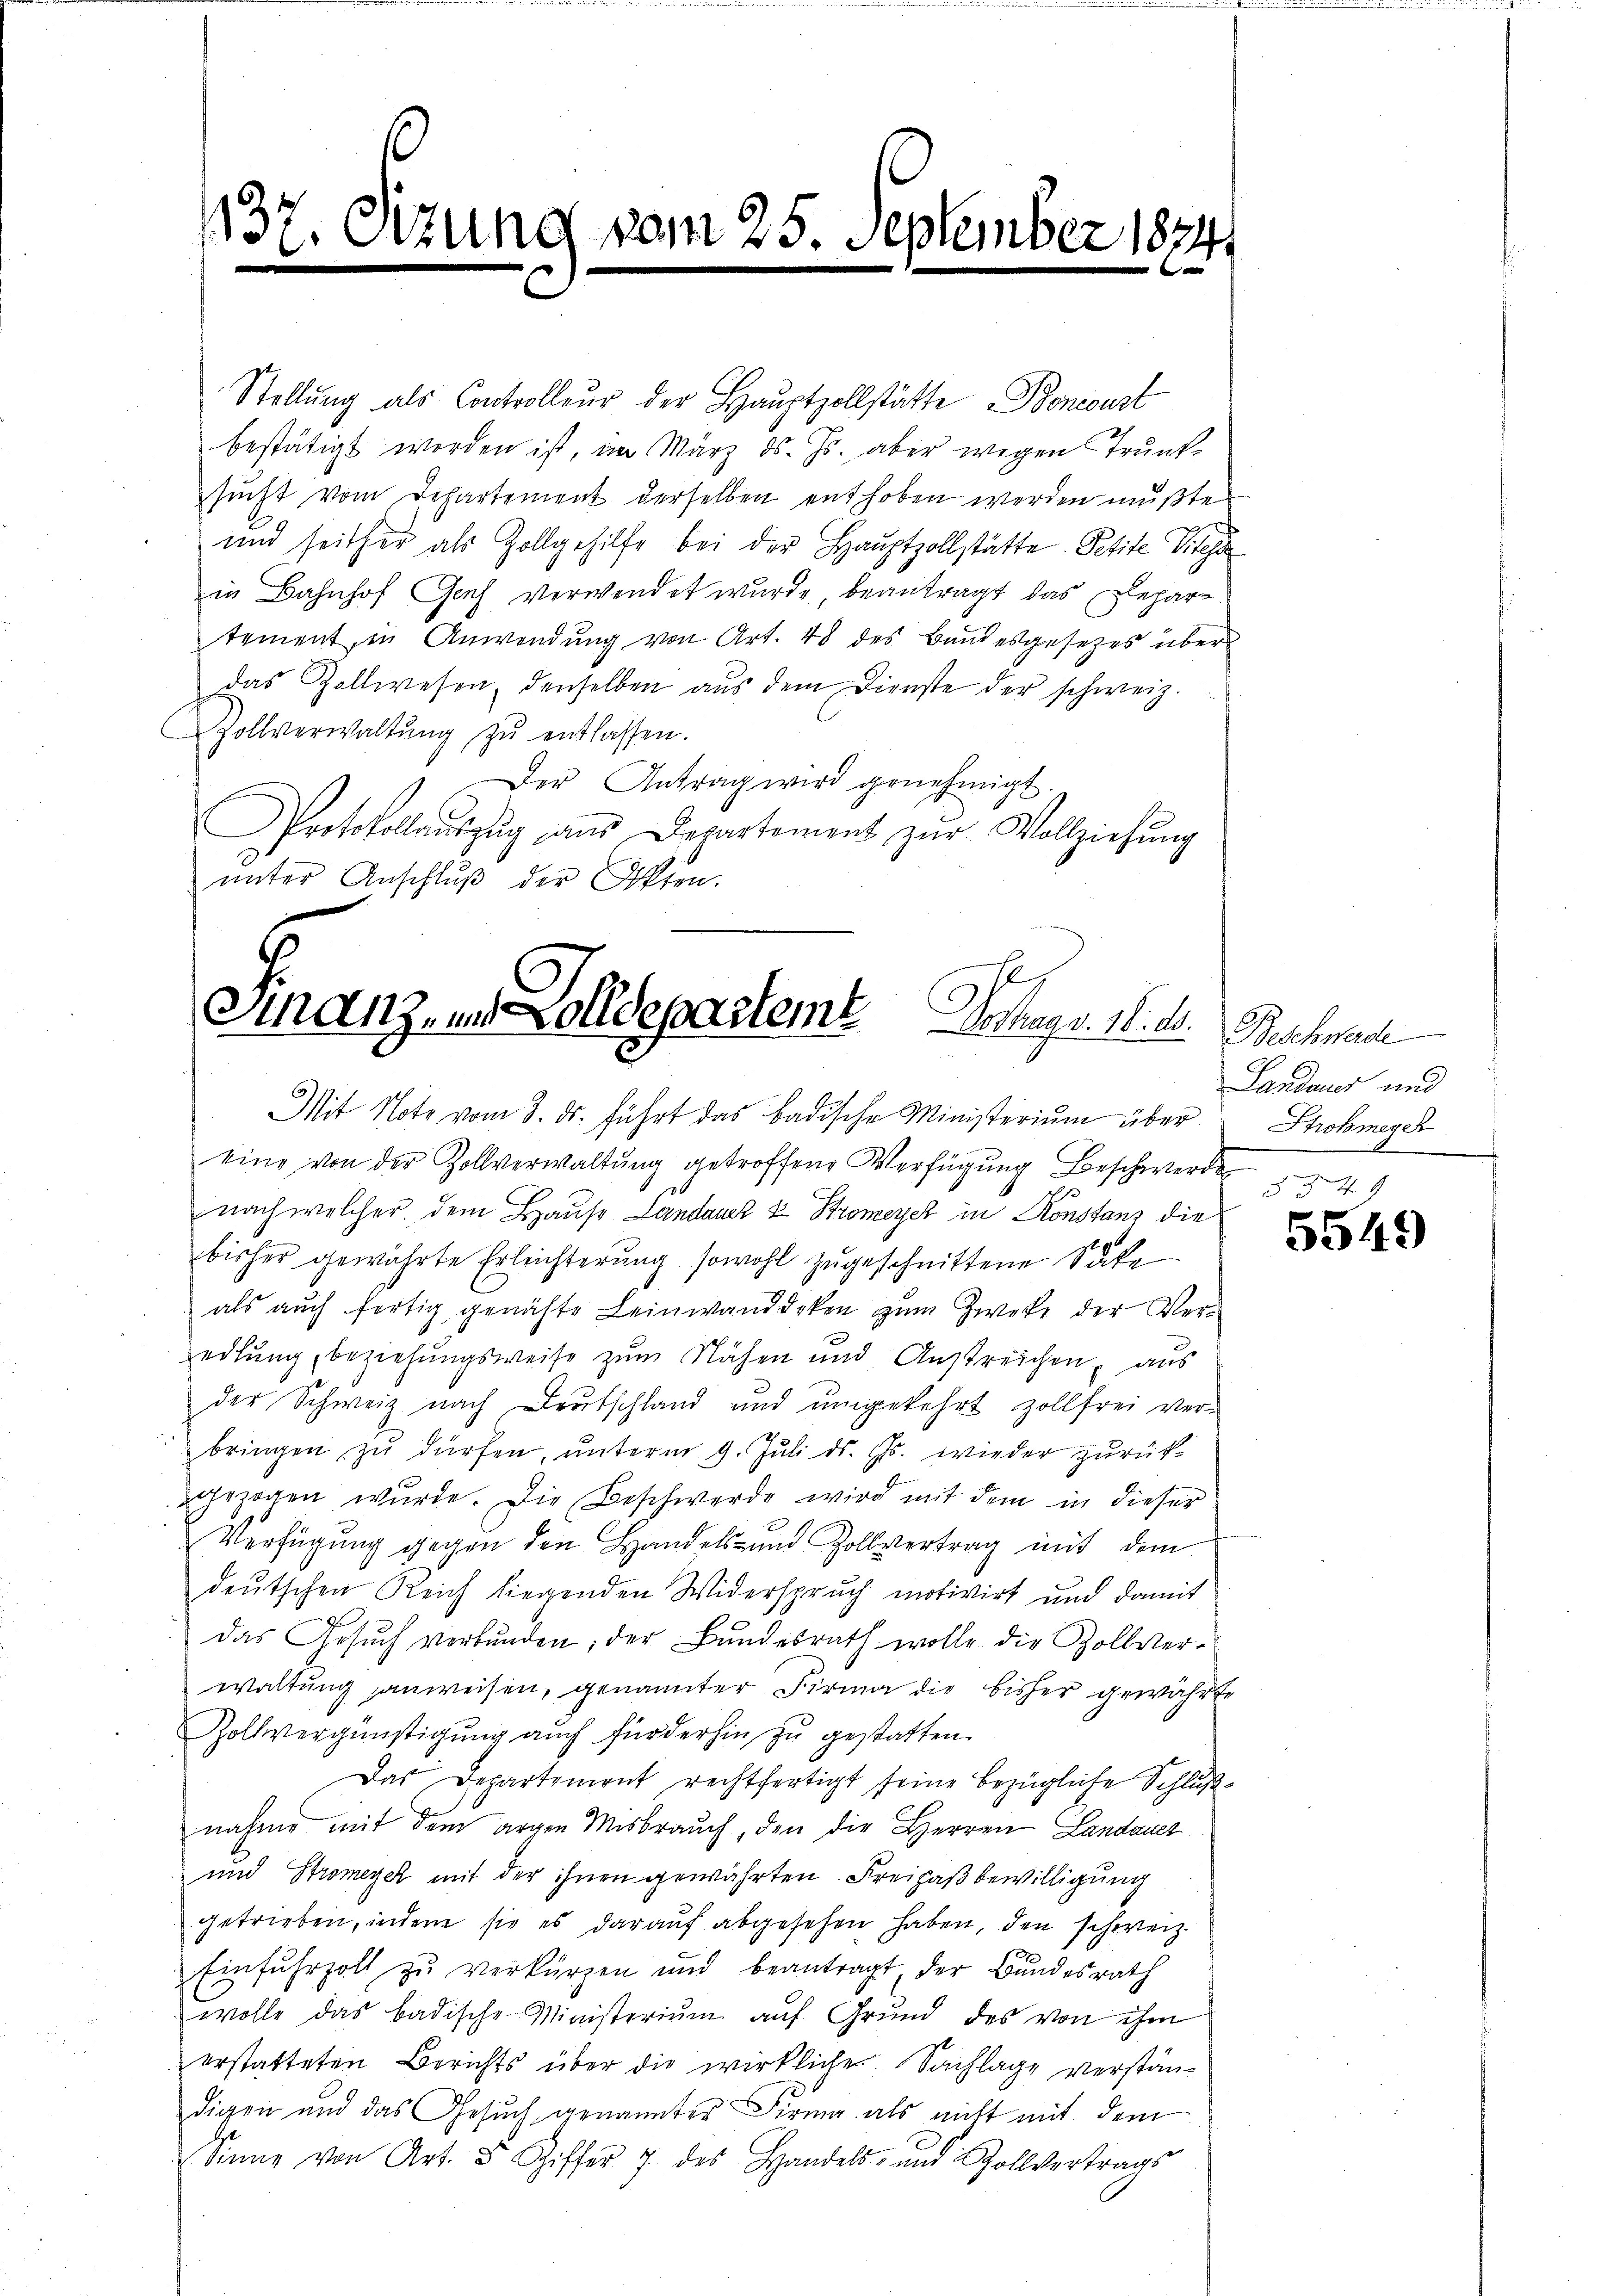
137. Sitzung vom 25. September 18241
.
b

Stellŭng als Controlleur der Haŭptzollstätte Bonicust
bestätigt worden ist, an März d. Js. aber wegen Trunksucht vom Departement derselben enthoben werden mußte
und seither als Zollgehilfe bei der Hauptzollstätte. Petite Viteha
in Bahnhof Genf verwendet wurde, beantragt das Departement, in Anwendung von Art. 48 des Bandesgesetzes über
das Zollwesen, denselben aŭs dem Dienste der schweiz.
Zollverwaltŭng zŭ entlassen.
Der Antrag wird genehmigt.
Protokollaŭszŭg aŭs Departement zŭr Vollziehŭng
ŭnter Anschlŭβ der Akten.

Finanz, in Zolldeparteme Verstags 18. 15. Beschmale

Mit Note vom 3. ds. führt das badische Ministerium über

eine von der Zollverwaltŭng getroffene Verfügŭng Beschwerde
nach welcher, dem Hause Landauer & Stromeyer in Konstanz die
bisher gewährte Erleichterung sowohl zugeschnittene Sicke
als auch fertig genähte Leinwanddeken zum Zwecke der Veredlung, beziehungsweise zum Nähen und Anstreichen, aus
der Schweiz nach Deutschland und umgekehrt zollfrei verbringen zŭ dürfen, unterm 9. Juli ds. Gs. wieder zurück
gezogen wurde. Die Beschwerde wird mit dem in dieser
Verfügŭng gegen den Handels- und Zollvertrag mit dem
deutschen Reich liegenden Widerspruch motivirt und damit
das Gesŭch verbŭnden; der Bŭndesrath wolle die Zollver-
waltung anweisen, genannter Firma die bisher gewährte
Zollvergünstigung auch fürderhin zu gestatten.
Das Departement rechtfertigt seine bezügliche Schlußnahme mit dem argen Misbrauch, den die Herren Landauer
und Stromeyek mit der ihnen gewährten Freihaßbewilligung
getrieben, indem sie es darauf abgesehen haben, den schweiz.
Einfuhrzoll zu verkürzen und beantragt der Bundesrath
wolle das badische Ministeriŭm aŭf Grund des von ihm
erstatteten Berichts über die wirkliche Sachlage verständigen und das Gesuch genannter Firma als nicht mit dem
Sinne von Art. 5 Ziffer 7 des Handels- und Zollvertrags

Landauer und
Strohmeyer
§ 349

5549